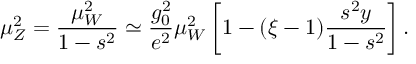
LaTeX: \mu _ { Z } ^ { 2 } = { \frac { \mu _ { W } ^ { 2 } } { 1 - s ^ { 2 } } } \simeq { \frac { g _ { 0 } ^ { 2 } } { e ^ { 2 } } } \mu _ { W } ^ { 2 } \left[ 1 - ( \xi - 1 ) { \frac { s ^ { 2 } y } { 1 - s ^ { 2 } } } \right] .